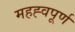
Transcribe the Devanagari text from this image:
महह्वपूर्ण